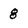
Character: 8